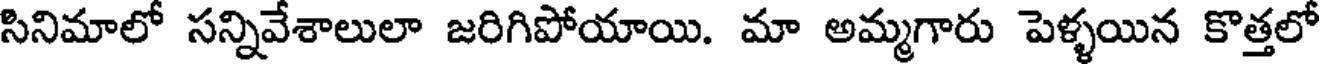
సినిమాలో సన్నివేశాలులా జరిగిపోయాయి. మా అమ్మగారు పెళ్ళయిన కొత్తలో